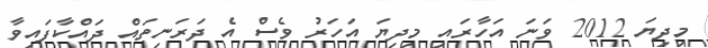
މިދިޔަ 2012 ވަނަ އަހާރައި މިދިޔަ އަހަރު ވެސް އެ ދަރަނިތައް ދައްކާފައިވާ